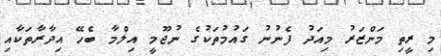
މި ރީތި މަންޒަރު މިއަދު ފެނުނު ގައުމުތަކުގެ ނުޖޫމީ އިލްމާ ބެހޭ އިދާރާތަކާއި